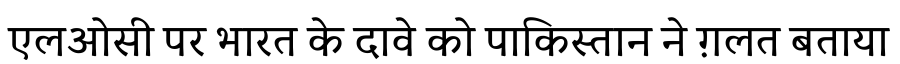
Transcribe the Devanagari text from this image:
एलओसी पर भारत के दावे को पाकिस्तान ने ग़लत बताया